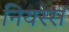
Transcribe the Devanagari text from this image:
नियस्स